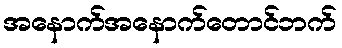
အနောက်အနောက်တောင်ဘက်